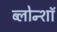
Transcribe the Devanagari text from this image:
ब्लोन्शॉ